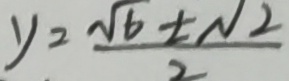
y = \frac { \sqrt { 6 } \pm \sqrt { 2 } } { 2 }